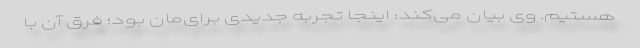
هستیم. وی بیان می‌کند: اینجا تجربه جدیدی برای‌مان بود؛ فرق آن با